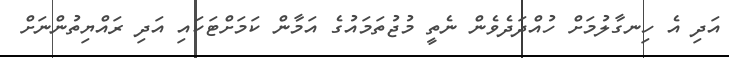
އަދި އެ ހިނގާލުމަށް ހުއްދަދެވެން ނެތީ މުޖުތަމައުގެ އަމާން ކަމަށްޓަކައި އަދި ރައްޔިތުންނަށް